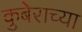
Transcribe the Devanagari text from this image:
कुबेराच्या